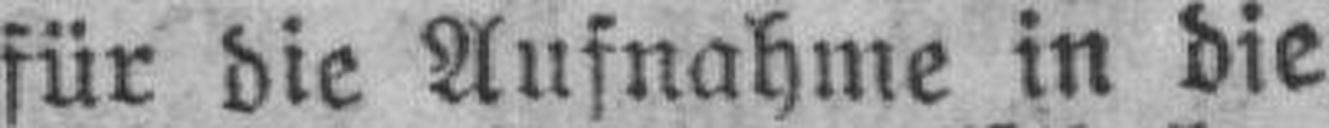
für die Aufnahme in die